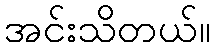
အင်းသိတယ်။